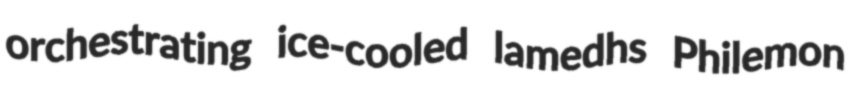
orchestrating ice-cooled lamedhs Philemon